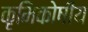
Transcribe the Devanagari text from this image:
कृमिकोषीय